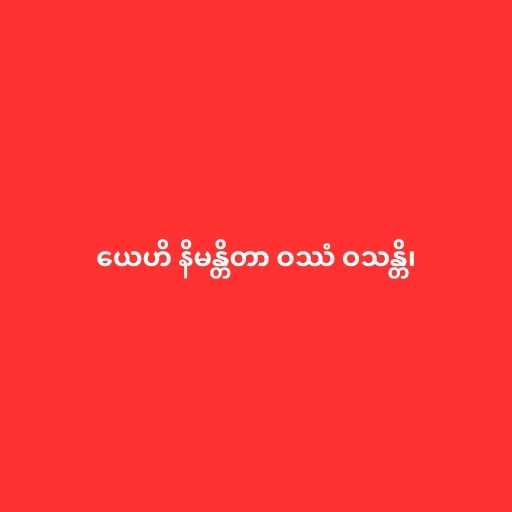
ယေဟိ နိမန္တိတာ ဝဿံ ဝသန္တိ၊